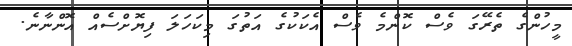
މީހުންގެ ތެރޭގަ ވެސް ކޮންމެ ވެސް އެކަކުގެ އަތުގަ މިކަހަލަ ފިޔޮށްސެއް އޮންނާނެ.